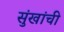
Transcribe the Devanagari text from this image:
सुंखांची